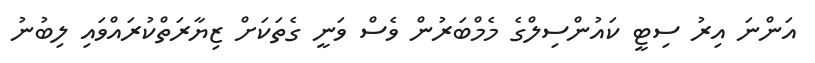
އަންނަ އިރު ސިޓީ ކައުންސިލްގެ މެމްބަރުން ވެސް ވަނީ ގެތަކަށް ޒިޔާރަތްކުރައްވައި ލިބުނު